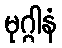
မုဂ္ဂါနံ